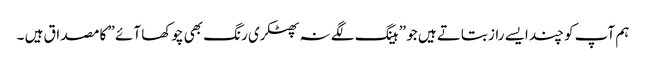
ہم آپ کو چند ایسے راز بتاتے ہیں جو ” ہینگ لگے نہ پھٹکری رنگ بھی چوکھا آئے ” کا مصداق ہیں ۔